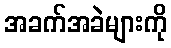
အခက်အခဲများကို